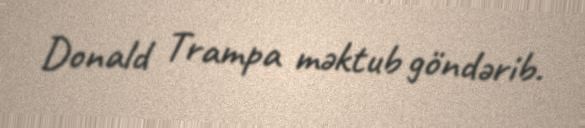
Donald Trampa məktub göndərib.